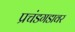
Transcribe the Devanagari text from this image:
प्रचंडगडावर